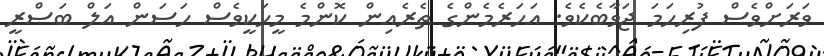
ވަރަށްވެސް ފުރިހަމަ ޖަވާބެކެވެ. އަހަރެމެންގެ ތެރެއިން ކޮންމެ މީހަކީވެސް ހަސަން އަލް ބަޞްރީ